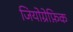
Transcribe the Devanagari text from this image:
जियोग्रेफ़िक